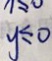
y \leq 0